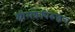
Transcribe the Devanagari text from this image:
श्रीलंकेविरुद्धच